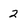
Character: 2